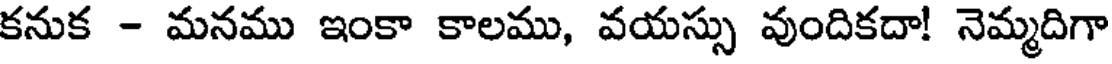
కనుక - మనము ఇంకా కాలము, వయస్సు వుందికదా! నెమ్మదిగా